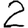
Digit: 2